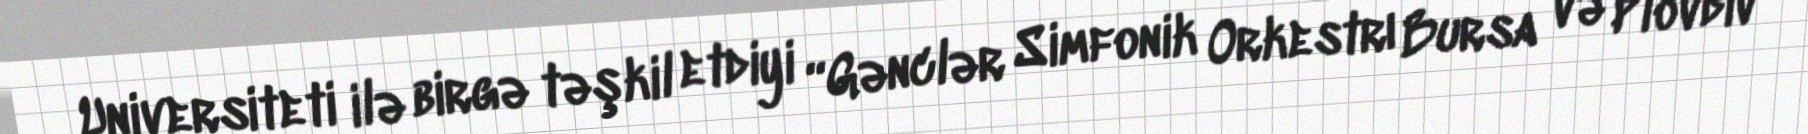
Universiteti ilə birgə təşkil etdiyi “Gənclər Simfonik Orkestrı Bursa və Plovdiv